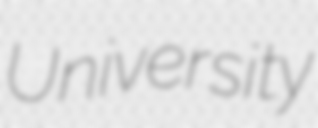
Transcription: University